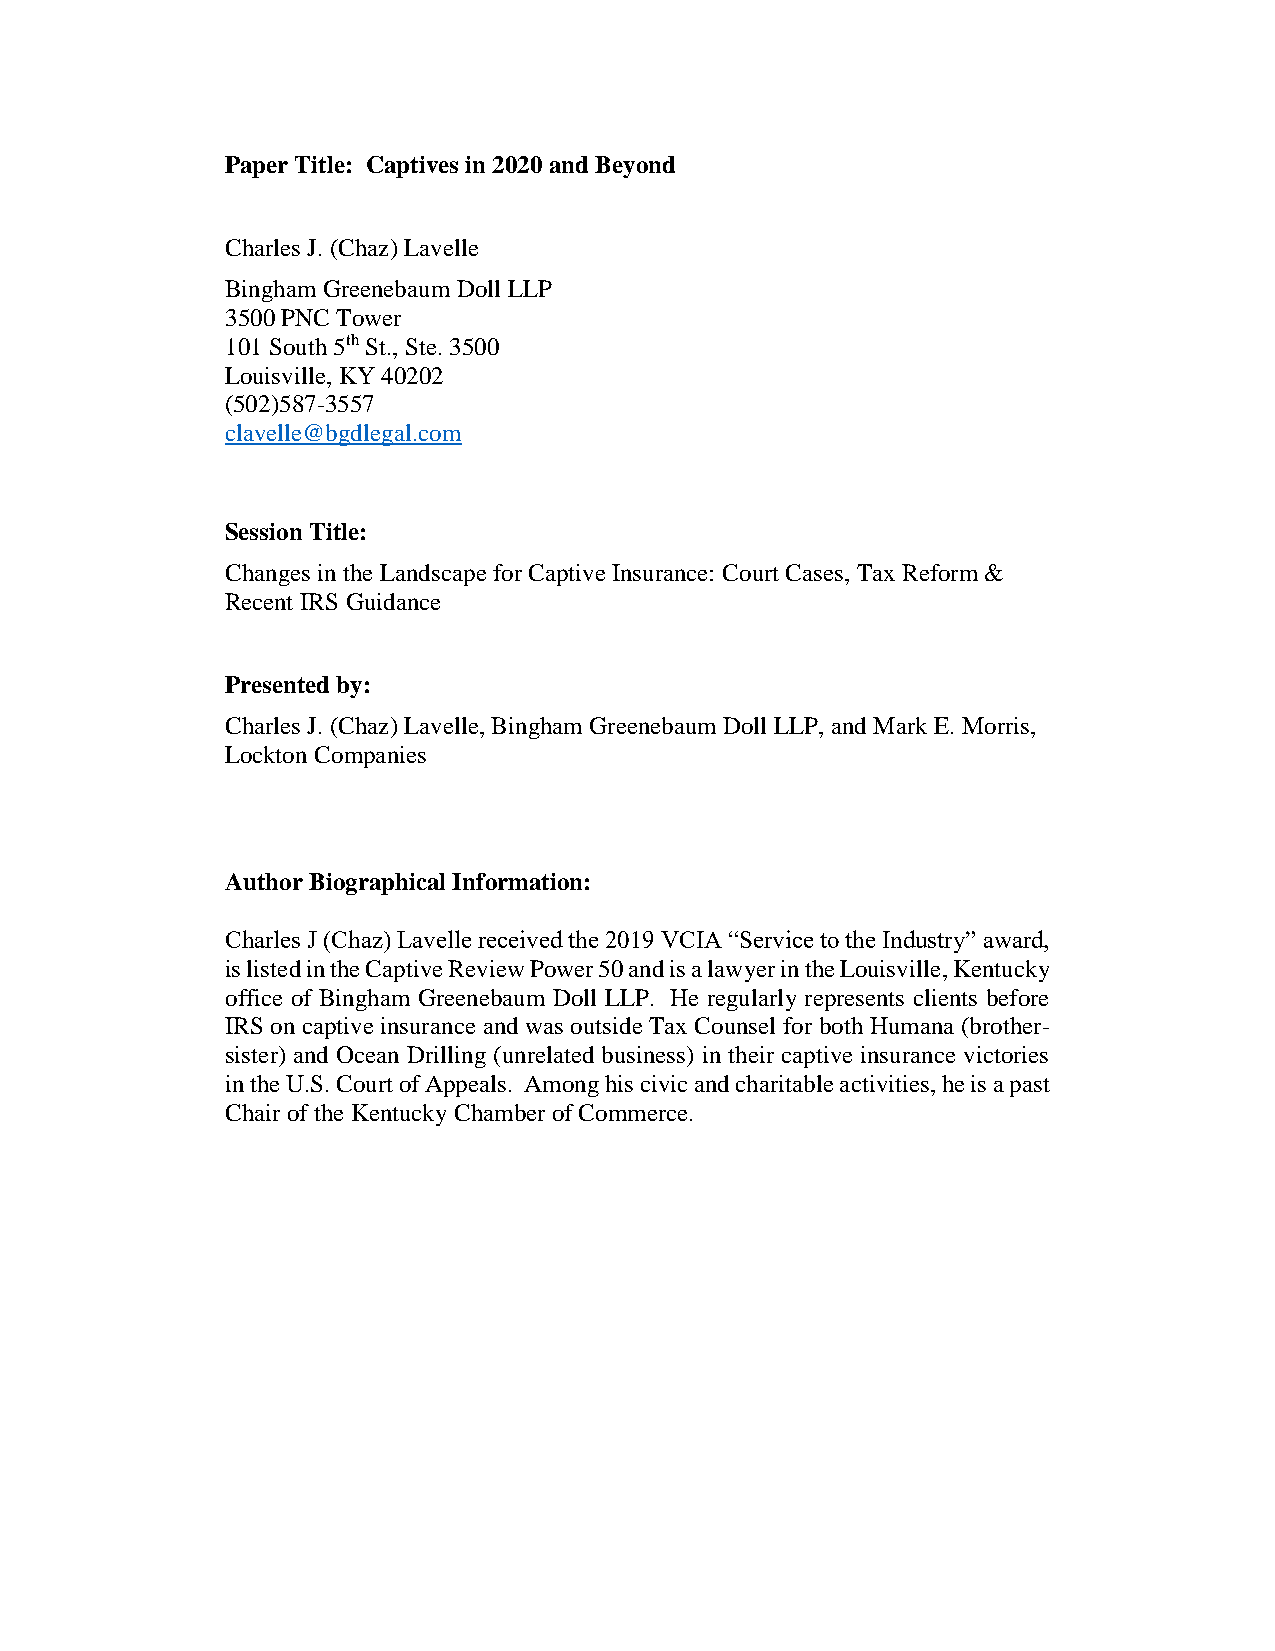
Paper Title: Captives in 2020 and Beyond
 Charles J. (Chaz) Lavelle
 Bingham Greenebaum Doll LLP
 3500 PNC Tower
 101 South 5th St., Ste. 3500
 Louisville, KY 40202
 (502)587-3557
 clavelle@bgdlegal.com
 Session Title:
 Changes in the Landscape for Captive Insurance: Court Cases, Tax Reform &
 Recent IRS Guidance
 Presented by:
 Charles J. (Chaz) Lavelle, Bingham Greenebaum Doll LLP, and Mark E. Morris,
 Lockton Companies
 Author Biographical Information:
 Charles J (Chaz) Lavelle received the 2019 VCIA “Service to the Industry” award,
 is listed in the Captive Review Power 50 and is a lawyer in the Louisville, Kentucky
 office of Bingham Greenebaum Doll LLP. He regularly represents clients before
 IRS on captive insurance and was outside Tax Counsel for both Humana (brother-
 sister) and Ocean Drilling (unrelated business) in their captive insurance victories
 in the U.S. Court of Appeals. Among his civic and charitable activities, he is a past
 Chair of the Kentucky Chamber of Commerce.